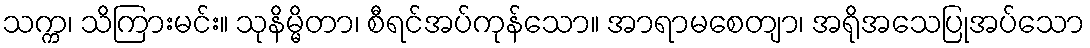
သက္က၊ သိကြားမင်း။ သုနိမ္မိတာ၊ စီရင်အပ်ကုန်သော။ အာရာမစေတျာ၊ အရိုအသေပြုအပ်သော